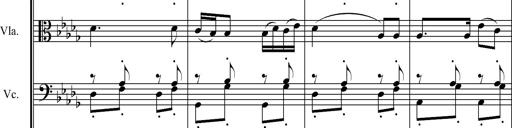
Title: 6 Melodien von Franz Schubert
Composer: Franz Liszt